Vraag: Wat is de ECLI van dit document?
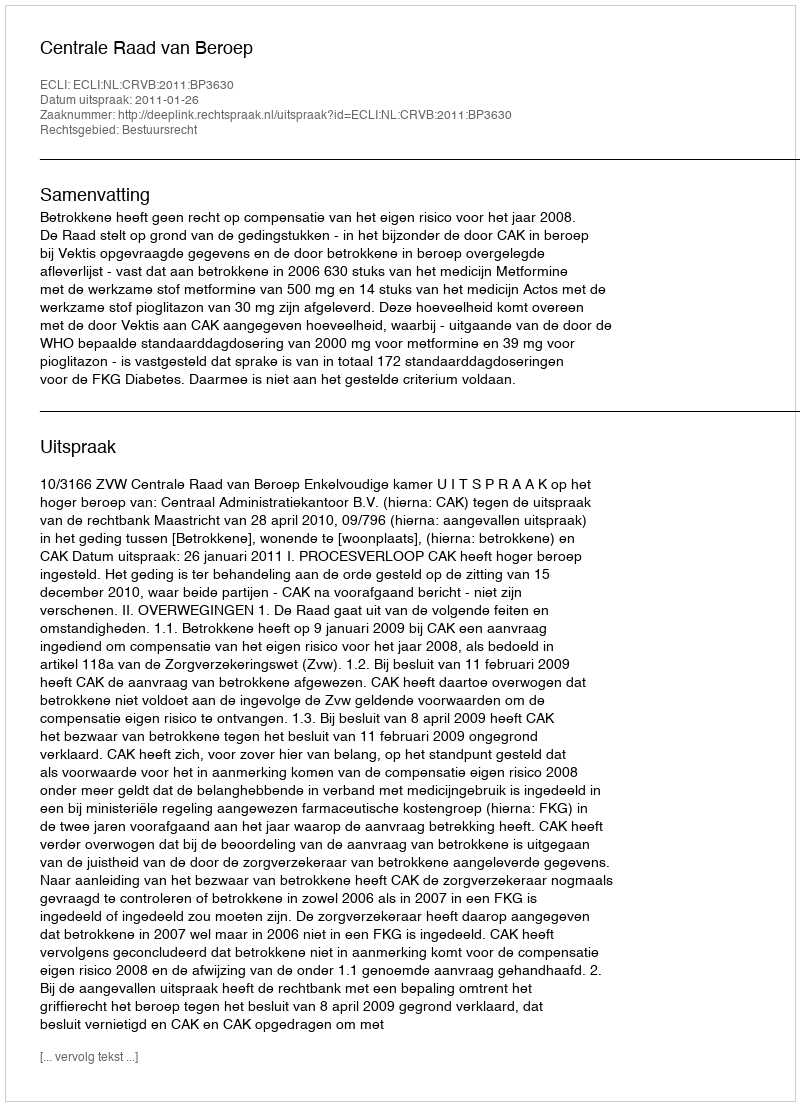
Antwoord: ECLI:NL:CRVB:2011:BP3630